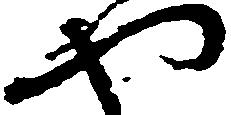
や